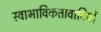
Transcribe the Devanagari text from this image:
स्वाभाविकतावादियों